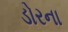
ડોરના